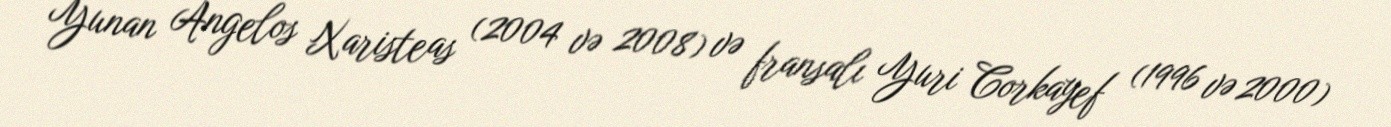
Yunan Angelos Xaristeas (2004 və 2008) və fransalı Yuri Corkayef (1996 və 2000)